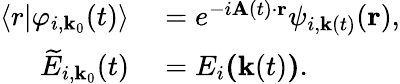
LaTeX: \begin{array}{rl}{\langle r\lvert\varphi_{i,\textbf{k}_{0}}(t)\rangle}&{{}=e^{-i\textbf{A}(t)\cdot\textbf{r}}\psi_{i,\textbf{k}(t)}(\textbf{r}),}\\ {\widetilde{E}_{i,\textbf{k}_{0}}(t)}&{{}=E_{i}\textbf{(}\textbf{k}(t)\textbf{)}.}\end{array}